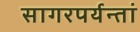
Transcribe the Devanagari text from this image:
सागरपर्यन्तां